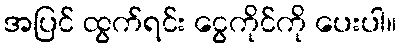
အပြင် ထွက်ရင်း ငွေကိုင်ကို ပေးပါ။